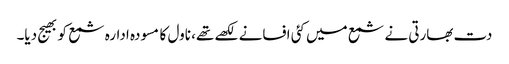
دت بھارتی نے شمع میں کئی افسانے لکھے تھے، ناول کا مسودہ ادارہ شمع کو بھیج دیا۔